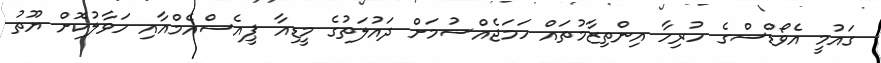
ގައުމީ އެވޯޑްސްގެ ހުރިހާ އިންތިޒާމުތައް ހަމަޖެއްސުމަށް ދައުލަތުގެ މީޑިއާ ޕީއެސްއެމްއާއި ހަވާލުކޮށް ޔޫތު